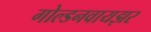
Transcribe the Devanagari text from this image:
गोल्डनवायझर